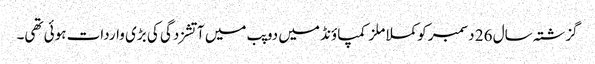
گزشتہ سال 26 دسمبر کو کملا ملز کمپاؤنڈ میں دو پب میں آتشزدگی کی بڑی واردات ہوئی تھی۔